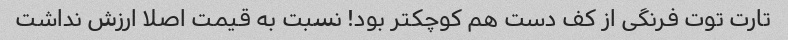
تارت توت فرنگی از کف دست هم کوچکتر بود! نسبت به قیمت اصلا ارزش نداشت